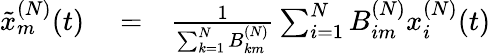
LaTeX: \begin{array}{rlr}{\tilde{x}_{m}^{(N)}(t)}&{{}=}&{\frac{1}{\sum_{k=1}^{N}B_{km}^{(N)}}\sum_{i=1}^{N}B_{im}^{(N)}x_{i}^{(N)}(t)}\end{array}